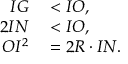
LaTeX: \begin{array} { r l } { I G } & { { } < I O , } \\ { 2 I N } & { { } < I O , } \\ { O I ^ { 2 } } & { { } = 2 R \cdot I N . } \end{array}